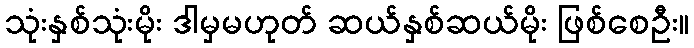
သုံးနှစ်သုံးမိုး ဒါမှမဟုတ် ဆယ်နှစ်ဆယ်မိုး ဖြစ်စေဦး။